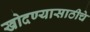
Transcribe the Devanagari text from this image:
खोदण्यासाठीचे